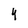
Character: 4